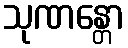
သုဏန္တော